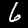
Label: 6